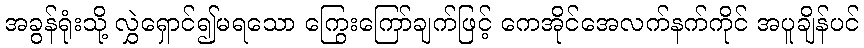
အခွန်ရုံးသို့ လွှဲရှောင်၍မရသော ကြွေးကြော်ချက်ဖြင့် ကေအိုင်အေလက်နက်ကိုင် အပူချိန်ပင်